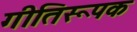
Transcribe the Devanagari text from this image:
गीतिरूपक